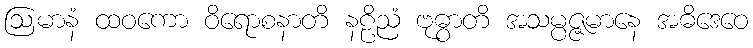
ဩမာနံ ထဝကော ဝိရောစနာတိ နဠိညံ ဗုဓွာတိ အသမ္ပဇ္ဇမာနေ အဓိဒေဝေ